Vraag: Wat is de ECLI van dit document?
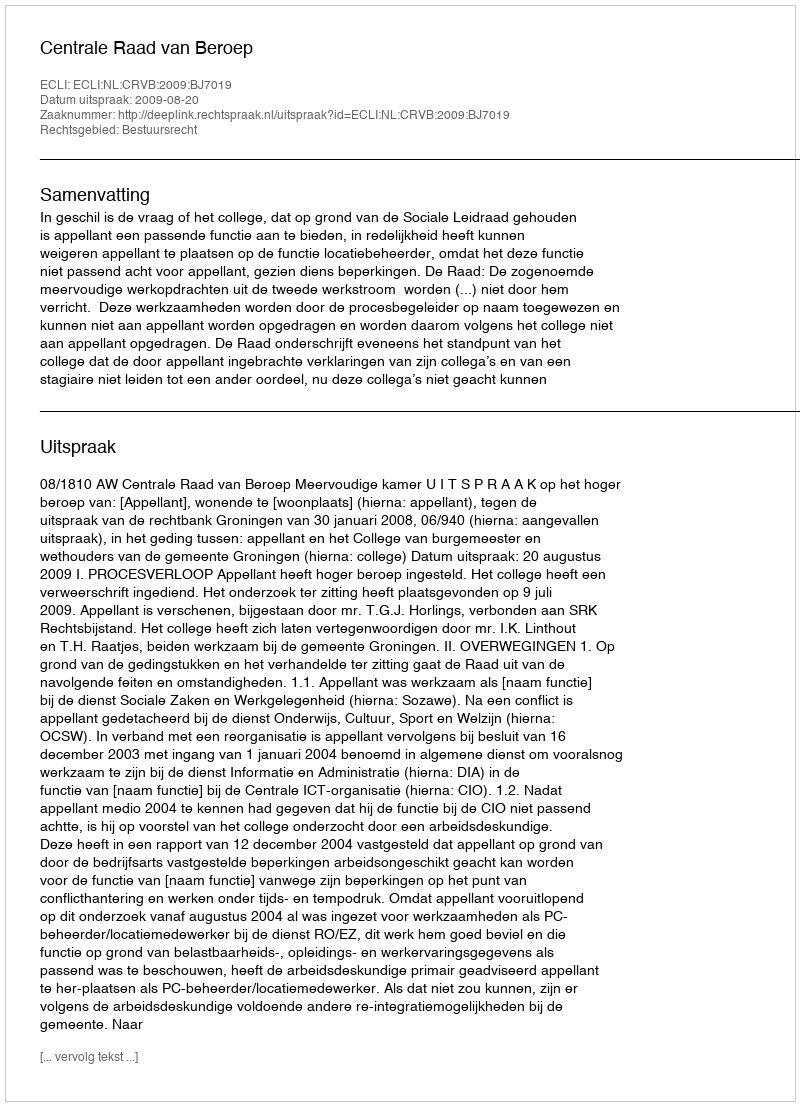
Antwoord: ECLI:NL:CRVB:2009:BJ7019